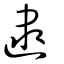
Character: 逮